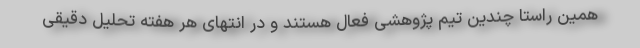
همین راستا چندین تیم پژوهشی فعال هستند و در انتهای هر هفته تحلیل دقیقی